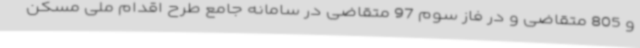
و 805 متقاضی و در فاز سوم 97 متقاضی در سامانه جامع طرح اقدام ملی مسکن